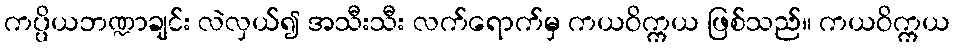
ကပ္ပိယဘဏ္ဍာချင်း လဲလှယ်၍ အသီးသီး လက်ရောက်မှ ကယဝိက္ကယ ဖြစ်သည်။ ကယဝိက္ကယ